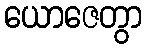
ယောဇေတွာ